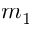
m _ { 1 }